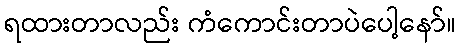
ရထားတာလည်း ကံကောင်းတာပဲပေါ့နော်။